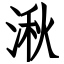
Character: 湫